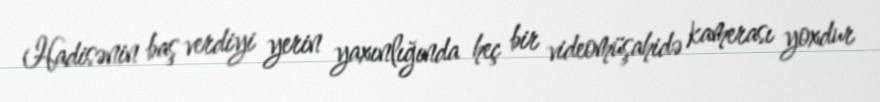
Hadisənin baş verdiyi yerin yaxınlığında heç bir videomüşahidə kamerası yoxdur